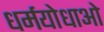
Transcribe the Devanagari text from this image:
धर्मयोधाओ